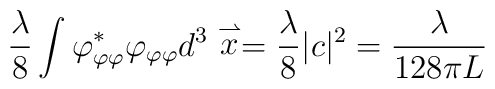
\frac{\lambda}{8}\int\varphi^*_{\varphi\varphi}\varphi_{\varphi\varphi}d^3\stackrel{\rightharpoonup}{x}=\frac{\lambda}{8}|c|^2=\frac{\lambda}{128\pi L}